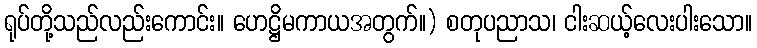
ရုပ်တို့သည်လည်းကောင်း။ ဟေဋ္ဌိမကာယအတွက်။) စတုပညာသ၊ ငါးဆယ့်လေးပါးသော။